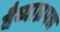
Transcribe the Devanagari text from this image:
वैय्याघ्रपद्य